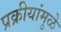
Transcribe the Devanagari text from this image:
प्रक्रीयांमुळे